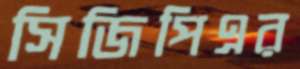
সিজিপিএর